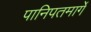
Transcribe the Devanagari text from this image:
पानिपतमार्गे